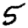
Digit: 5